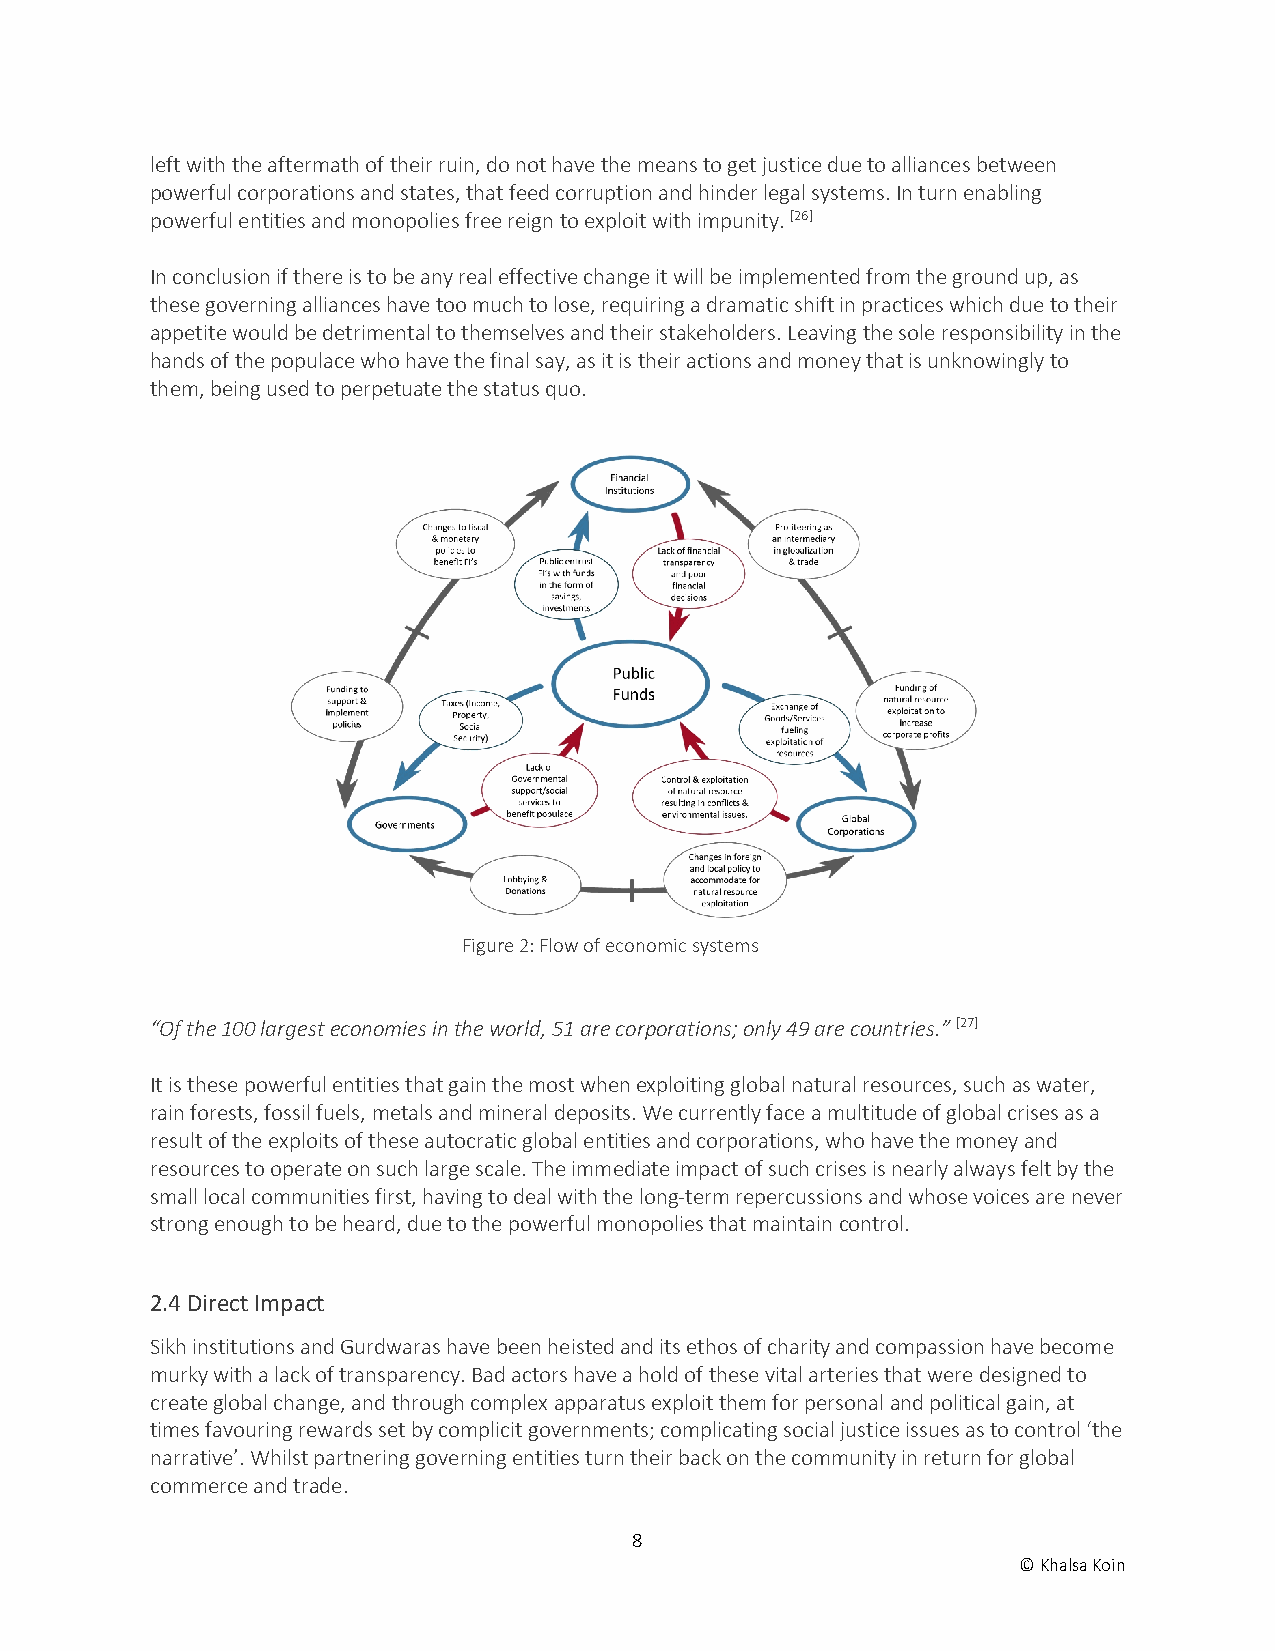
left with the aftermath of their ruin, do not have the means to get justice due to alliances between
 powerful corporations and states, that feed corruption and hinder legal systems. In turn enabling
 powerful entities and monopolies free reign to exploit with impunity. [26]
 In conclusion if there is to be any real effective change it will be implemented from the ground up, as
 these governing alliances have too much to lose, requiring a dramatic shift in practices which due to their
 appetite would be detrimental to themselves and their stakeholders. Leaving the sole responsibility in the
 hands of the populace who have the final say, as it is their actions and money that is unknowingly to
 them, being used to perpetuate the status quo.
 Figure 2: Flow of economic systems
 “Of the 100 largest economies in the world, 51 are corporations; only 49 are countries.” [27]
 It is these powerful entities that gain the most when exploiting global natural resources, such as water,
 rain forests, fossil fuels, metals and mineral deposits. We currently face a multitude of global crises as a
 result of the exploits of these autocratic global entities and corporations, who have the money and
 resources to operate on such large scale. The immediate impact of such crises is nearly always felt by the
 small local communities first, having to deal with the long-term repercussions and whose voices are never
 strong enough to be heard, due to the powerful monopolies that maintain control.
 2.4 Direct Impact
 Sikh institutions and Gurdwaras have been heisted and its ethos of charity and compassion have become
 murky with a lack of transparency. Bad actors have a hold of these vital arteries that were designed to
 create global change, and through complex apparatus exploit them for personal and political gain, at
 times favouring rewards set by complicit governments; complicating social justice issues as to control ‘the
 narrative’. Whilst partnering governing entities turn their back on the community in return for global
 commerce and trade.
 8
 © Khalsa Koin